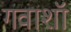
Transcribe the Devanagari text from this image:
गवाशॉ